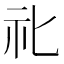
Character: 𥘇